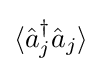
\langle {\hat {a}}_{j}^{\dagger }{\hat {a}}_{j}\rangle